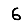
Digit: 6